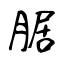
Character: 腒